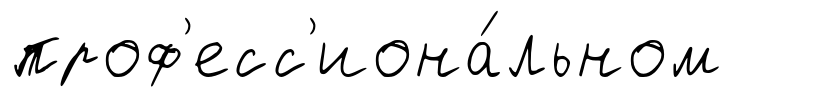
проф'есс'иона́льном